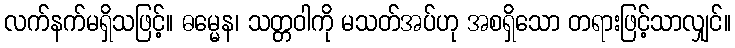
လက်နက်မရှိသဖြင့်။ ဓမ္မေန၊ သတ္တဝါကို မသတ်အပ်ဟု အစရှိသော တရားဖြင့်သာလျှင်။